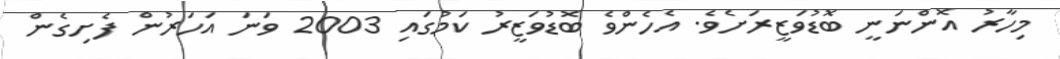
މިހާރު އޮންނަނީ ބޮޑުވަޒީރަށެވެ. އެހެންވެ ބޮޑުވަޒީރު ކަމުގައި 2003 ވަނަ އަހަރުން ފެށިގެން